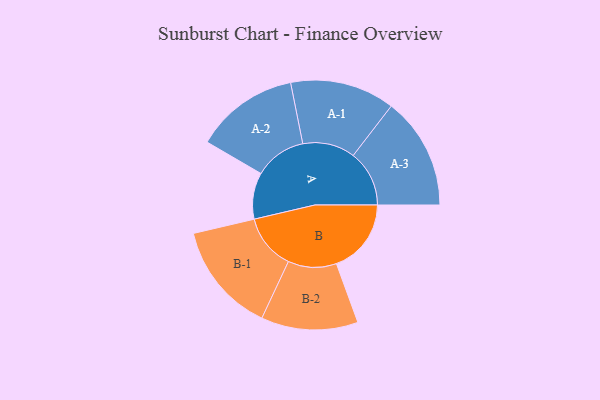
{"axis": {"x": "Segment", "y": "Value"}, "legend": ["", "A", "B"], "data": [{"x": "A", "y": 188, "type": ""}, {"x": "B", "y": 303, "type": ""}, {"x": "A-1", "y": 212, "type": "A"}, {"x": "A-2", "y": 210, "type": "A"}, {"x": "A-3", "y": 227, "type": "A"}, {"x": "B-1", "y": 224, "type": "B"}, {"x": "B-2", "y": 196, "type": "B"}]}